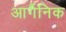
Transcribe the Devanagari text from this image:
आर्गैनिक